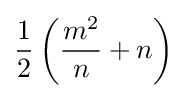
{\frac {1}{2}}\left({m^{2} \over n}+n\right)